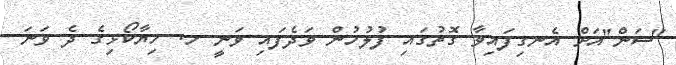
"ސަން"އަށް އެނގިފައިވާ ގޮތުގައި ފުލުހުން ވަދެފައި ވަނީ ހ. ހިޔާކޯޅިގެ ދެ ވަނަ